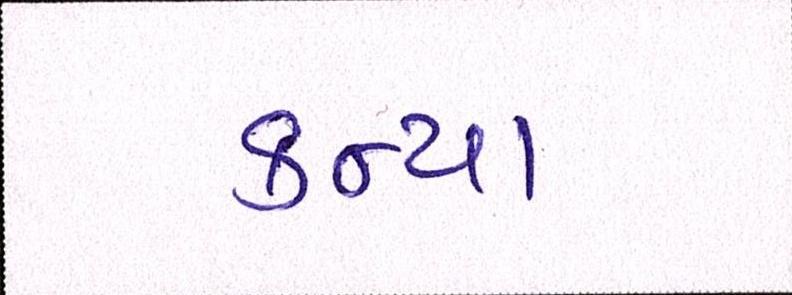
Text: કન્યા